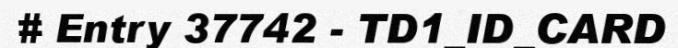
# Entry 37742 - TD1_ID_CARD